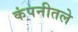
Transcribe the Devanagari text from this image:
कंपनीतले